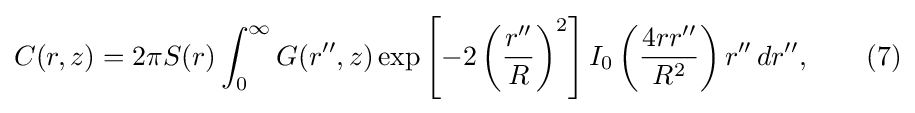
C(r,z)=2\pi S(r)\int _{0}^{\infty }G(r'',z)\exp \left[-2\left({\frac {r''}{R}}\right)^{2}\right]I_{0}\left({\frac {4rr''}{R^{2}}}\right)r''\,dr'',\qquad (7)